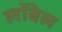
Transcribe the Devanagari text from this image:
लॉबेल